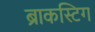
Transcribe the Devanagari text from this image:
ब्राकस्टिग